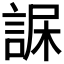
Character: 𧨇